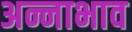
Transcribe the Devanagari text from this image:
अन्नाभाव